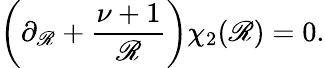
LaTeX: \left(\partial_{\mathscr{R}}+\frac{{\nu+1}}{{\mathscr{R}}}\right)\chi_{2}(\mathscr{R})=0.